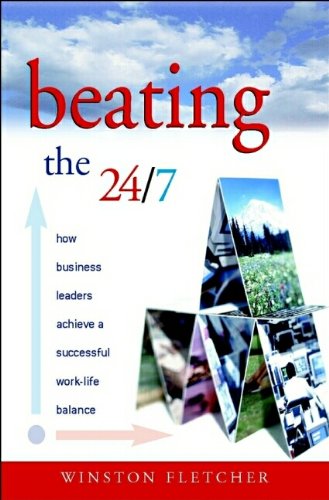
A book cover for Beating the 24/7: How Business Leaders Achieve a Successful Work/Life Balance; Winston Fletcher; Business & Money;